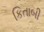
કિતાબી